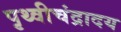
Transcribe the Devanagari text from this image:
पृथ्वीचंद्रादय